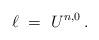
LaTeX: \begin{align*} \ell \ = \ U^{n,0} \,.\end{align*}